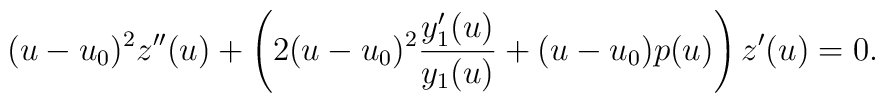
(u-u_0)^2 z^{\prime \prime}(u) + \left(2 (u-u_0)^2 \frac{y_1^\prime(u)}{y_1(u)} + (u-u_0) p(u) \right) z^\prime(u) = 0.